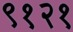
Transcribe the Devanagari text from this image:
९१२१